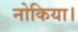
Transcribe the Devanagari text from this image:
नोकिया।